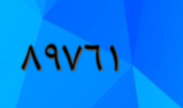
٨٩٧٦١